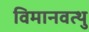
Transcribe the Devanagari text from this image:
विमानवत्थु